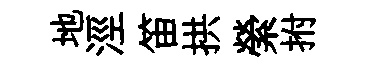
地涇笛拱縈拊